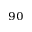
^ { 9 0 }